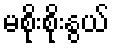
မစိုးစိုးနွယ်